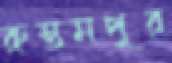
রুস্তমপুর